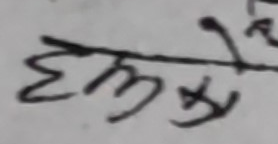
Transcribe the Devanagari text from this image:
हल्कै